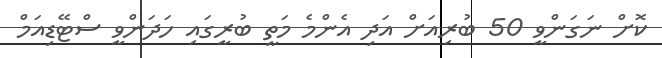
ކޮށް ނަގަންވީ 50 ބުރިއަށް އަދި އެންމެ މަތީ ބުރީގައި ހަދަންވީ ސްޓޭޑިއަމް